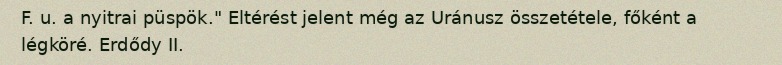
F. u. a nyitrai püspök." Eltérést jelent még az Uránusz összetétele, főként a légköré. Erdődy II.